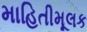
માહિતીમૂલક